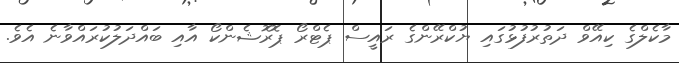
މާކެލްގެ ކިއޭވް ދަތުރުފުޅުގައި ޔުކްރޭންގެ ރައީސް ޕެޓްރޯ ޕޮރޮޝެންކޯ އާއި ބައްދަލުކުރައްވާނެ އެވެ.